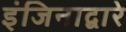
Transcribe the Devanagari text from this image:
इंजिनाद्वारे